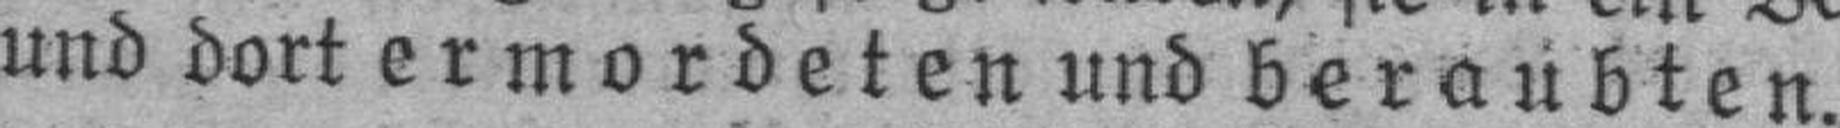
und dort ermordeten und beraubten.